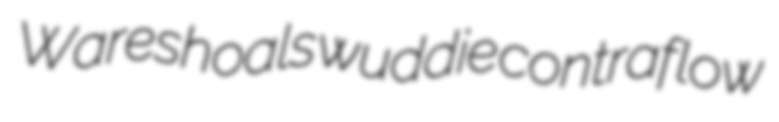
Wareshoals wuddie contraflow